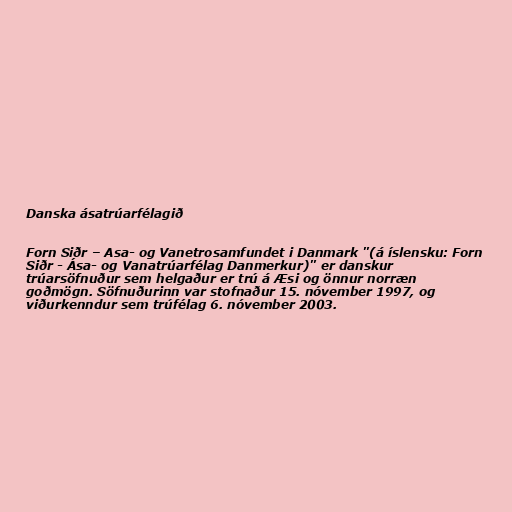
Danska ásatrúarfélagið

Forn Siðr – Asa- og Vanetrosamfundet i Danmark "(á íslensku: Forn
Siðr - Ása- og Vanatrúarfélag Danmerkur)" er danskur
trúarsöfnuður sem helgaður er trú á Æsi og önnur norræn
goðmögn. Söfnuðurinn var stofnaður 15. nóvember 1997, og
viðurkenndur sem trúfélag 6. nóvember 2003.